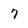
Character: 7